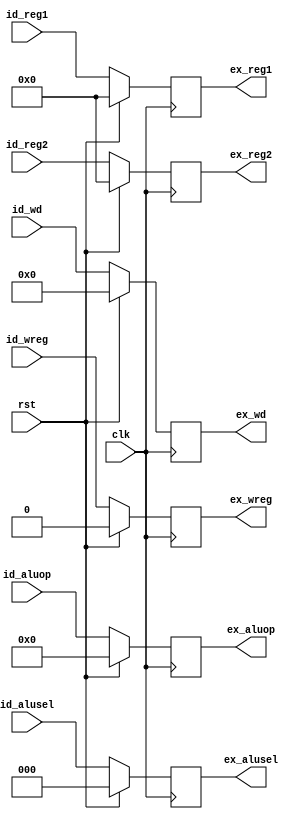
module id_ex(
    input wire[7:0]     id_aluop,
    input wire[2:0]     id_alusel,
    input wire[31:0]    id_reg1,
    input wire[31:0]    id_reg2,
    input wire[4:0]     id_wd,
    input wire          id_wreg,
    
    input wire          rst,
    input wire          clk,

    output reg[7:0]     ex_aluop,
    output reg[2:0]     ex_alusel,
    output reg[31:0]    ex_reg1,
    output reg[31:0]    ex_reg2,
    output reg[4:0]     ex_wd,
    output reg          ex_wreg
);
    always @ (posedge clk) begin
        if(rst == 1'b1) begin
            ex_aluop    <= 7'b0000000;
            ex_alusel   <= 2'b00;
            ex_reg1     <= 32'h00000000;
            ex_reg2     <= 32'h00000000;
            ex_wd       <= 5'b00000;
            ex_wreg     <= 1'b0;
        end else begin
            ex_aluop    <= id_aluop;
            ex_alusel   <= id_alusel;
            ex_reg1     <= id_reg1;
            ex_reg2     <= id_reg2;
            ex_wd       <= id_wd;
            ex_wreg     <= id_wreg;
        end
    end

endmodule